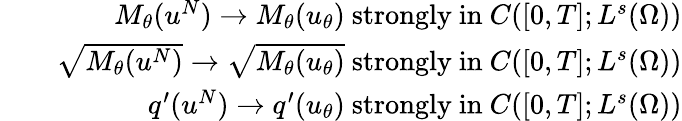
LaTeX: \begin{array}{rlr}&{}&{M_{\theta}(u^{N})\rightarrow M_{\theta}(u_{\theta})\mathrm{~strongly~in~}C([0,T];L^{s}(\Omega))}\\ &{}&{\sqrt{M_{\theta}(u^{N})}\rightarrow\sqrt{M_{\theta}(u_{\theta})}\mathrm{~strongly~in~}C([0,T];L^{s}(\Omega))}\\ &{}&{q^{\prime}(u^{N})\rightarrow q^{\prime}(u_{\theta})\mathrm{~strongly~in~}C([0,T];L^{s}(\Omega))}\end{array}